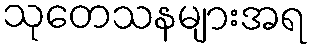
သုတေသနများအရ